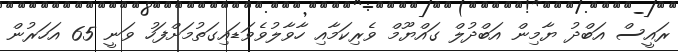
ރައީސް އަބްދު ޔާމިން އަބްދުލް ގައްޔޫމް ވެރިކަމާއި ހާވާލުވެވަޑައިގަތުމަށްފަހު ވަނީ 65 އަހަރުން